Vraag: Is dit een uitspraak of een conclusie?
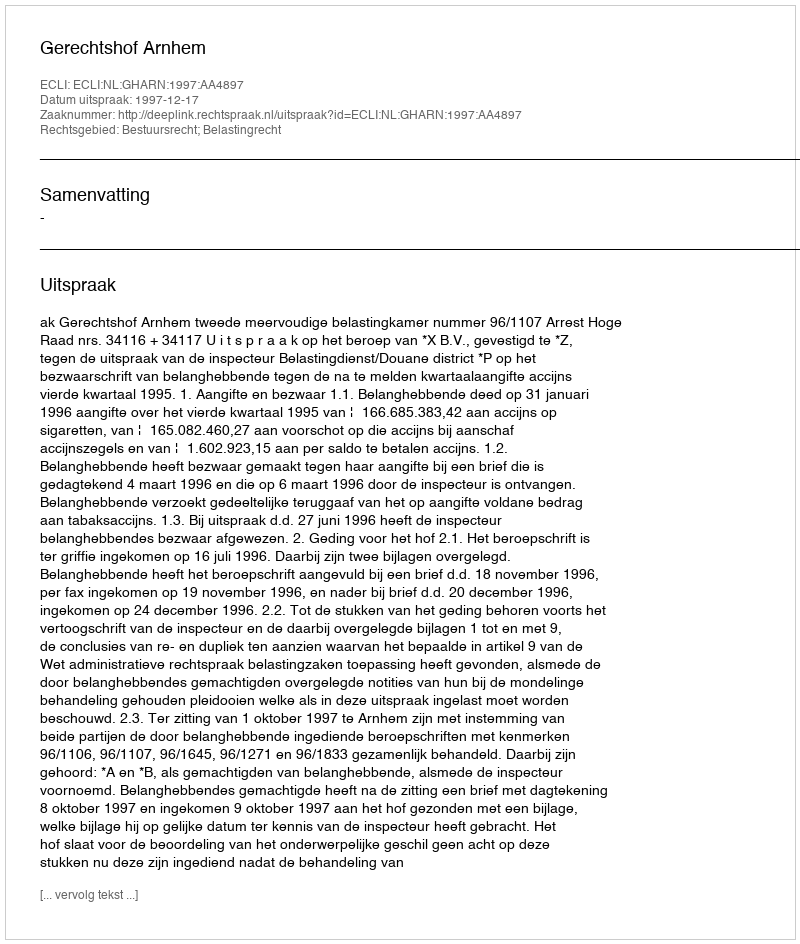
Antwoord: Uitspraak